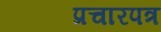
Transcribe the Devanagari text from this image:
प्रचारपत्र